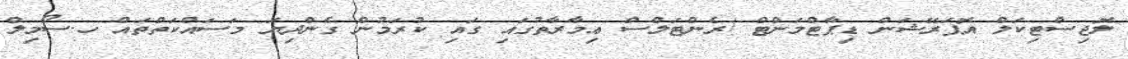
ލޮޖިސްޓިކަލް އޮޕަރޭޝަން ޑިޕާޓްމަންޓް /ރެންޓަލްސް ޢިމާރާތުގައި ގައިި ކުރަމުން ގެންދިޔަ މަސައްކަތްތައް ހ.ސޯމިލް